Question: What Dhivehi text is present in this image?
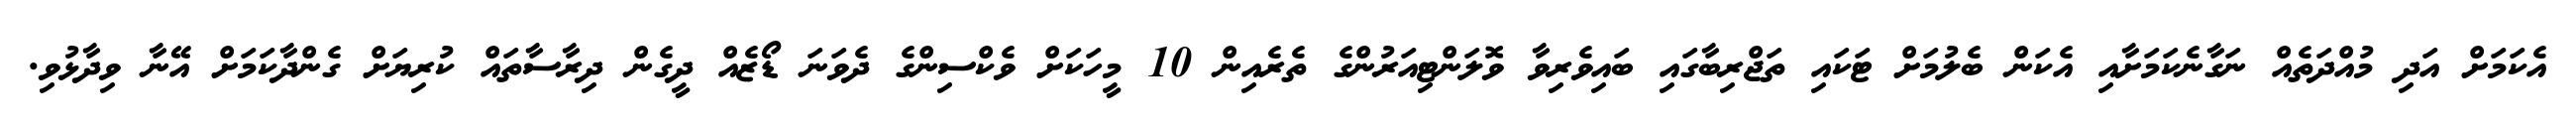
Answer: އެކަމަށް އަދި މުއްދަތެއް ނަގާނެކަމަށާއި އެކަން ބެލުމަށް ޓަކައި ތަޖްރިބާގައި ބައިވެރިވާ ވޮލަންޓިއަރުންގެ ތެރެއިން 10 މީހަކަށް ވެކްސިންގެ ދެވަނަ ޑޯޒެއް ދީގެން ދިރާސާތައް ކުރިޔަށް ގެންދާކަމަށް އޭނާ ވިދާޅުވި.